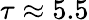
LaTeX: \tau\approx 5.5